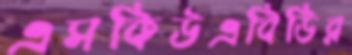
এসকিউএবিডির